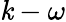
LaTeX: \mathit{k}-\omega